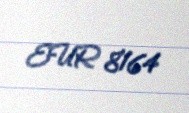
EUR 8164